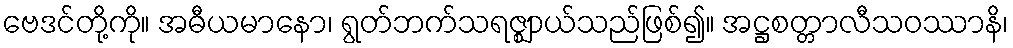
ဗေဒင်တို့ကို။ အဓီယမာနော၊ ရွတ်ဘက်သရဇ္ဈာယ်သည်ဖြစ်၍။ အဋ္ဌစတ္တာလီသဝဿာနိ၊